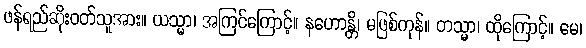
ဖန်ရည်ဆိုးဝတ်သူအား။ ယသ္မာ၊ အကြင်ကြောင့်။ နဟောန္တိ၊ မဖြစ်ကုန်။ တသ္မာ၊ ထိုကြောင့်။ မေ၊